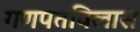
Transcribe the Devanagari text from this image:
गणपतविलास